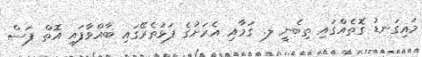
މައިގަނޑު ގޮތެއްގައި ތިބެނީ ލ. ގަމާއި އެރަށުގެ ފަޅުތެރޭގައި ބާއްވާފައި އޮތް ފަސް